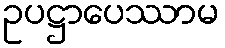
ဥပဋ္ဌာပေဿာမ